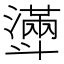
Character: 𣂎